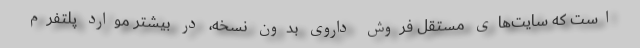
است که سایت‌های مستقل فروش داروی بدون نسخه، در بیشتر موارد پلتفرم